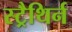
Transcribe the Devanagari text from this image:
स्ट्रैथिर्न